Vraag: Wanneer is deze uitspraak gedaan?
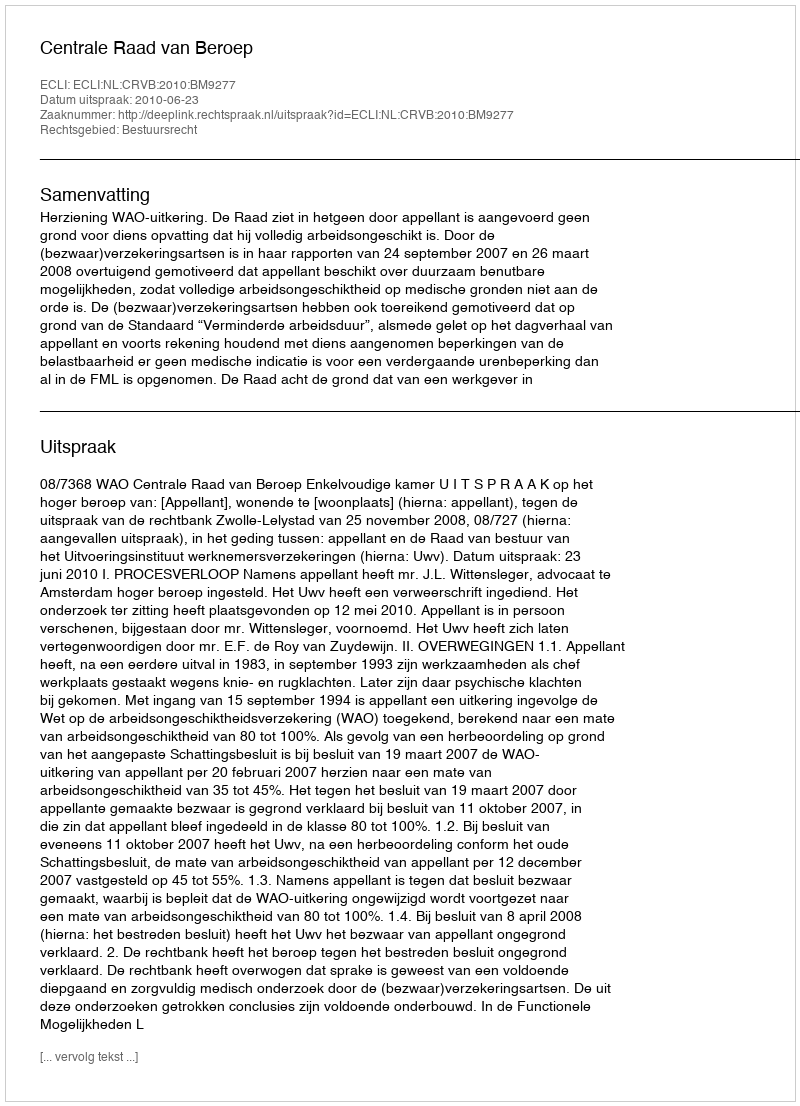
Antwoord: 2010-06-23